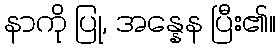
နာကို ပြု, အန္နေန ပြီး၏။